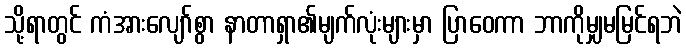
သို့ရာတွင် ကံအားလျော်စွာ နာတာရှာ၏မျက်လုံးများမှာ ပြာဝေကာ ဘာကိုမျှမမြင်ရဘဲ